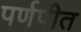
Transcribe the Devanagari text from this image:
पर्णपीत